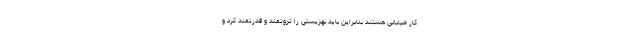
کار خیابانی هستند بنابراین باید بهزیستی را ثروتمند و قدرتمند کرد و